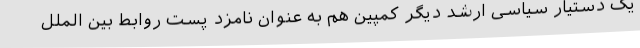
یک دستیار سیاسی ارشد دیگر کمپین هم به عنوان نامزد پست روابط بین الملل